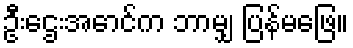
ဦးဌေးအောင်က ဘာမျှ ပြန်မဖြေ။